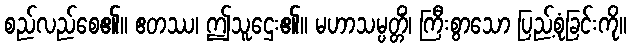
စည်လည်စေ၏။ ဧတဿ၊ ဤသူဌေး၏။ မဟာသမ္ပတ္တိံ၊ ကြီးစွာသော ပြည့်စုံခြင်းကို။